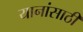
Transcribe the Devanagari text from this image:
यानांसाठी